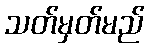
သတ်မှတ်မည်